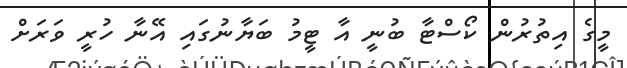
މީގެ އިތުރުން ކޯސްޓާ ބުނީ އާ ޓީމު ބަޔާނުގައި އޭނާ ހުރީ ވަރަށް